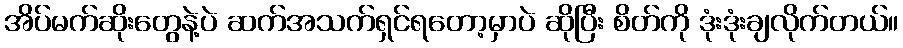
အိပ်မက်ဆိုးတွေနဲ့ပဲ ဆက်အသက်ရှင်ရတော့မှာပဲ ဆိုပြီး စိတ်ကို ဒုံးဒုံးချလိုက်တယ်။